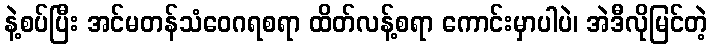
နဲ့စပ်ပြီး အင်မတန်သံဝေဂရစရာ ထိတ်လန့်စရာ ကောင်းမှာပါပဲ၊ အဲဒီလိုမြင်တဲ့